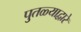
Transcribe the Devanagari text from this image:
पुतळ्याद्वारे